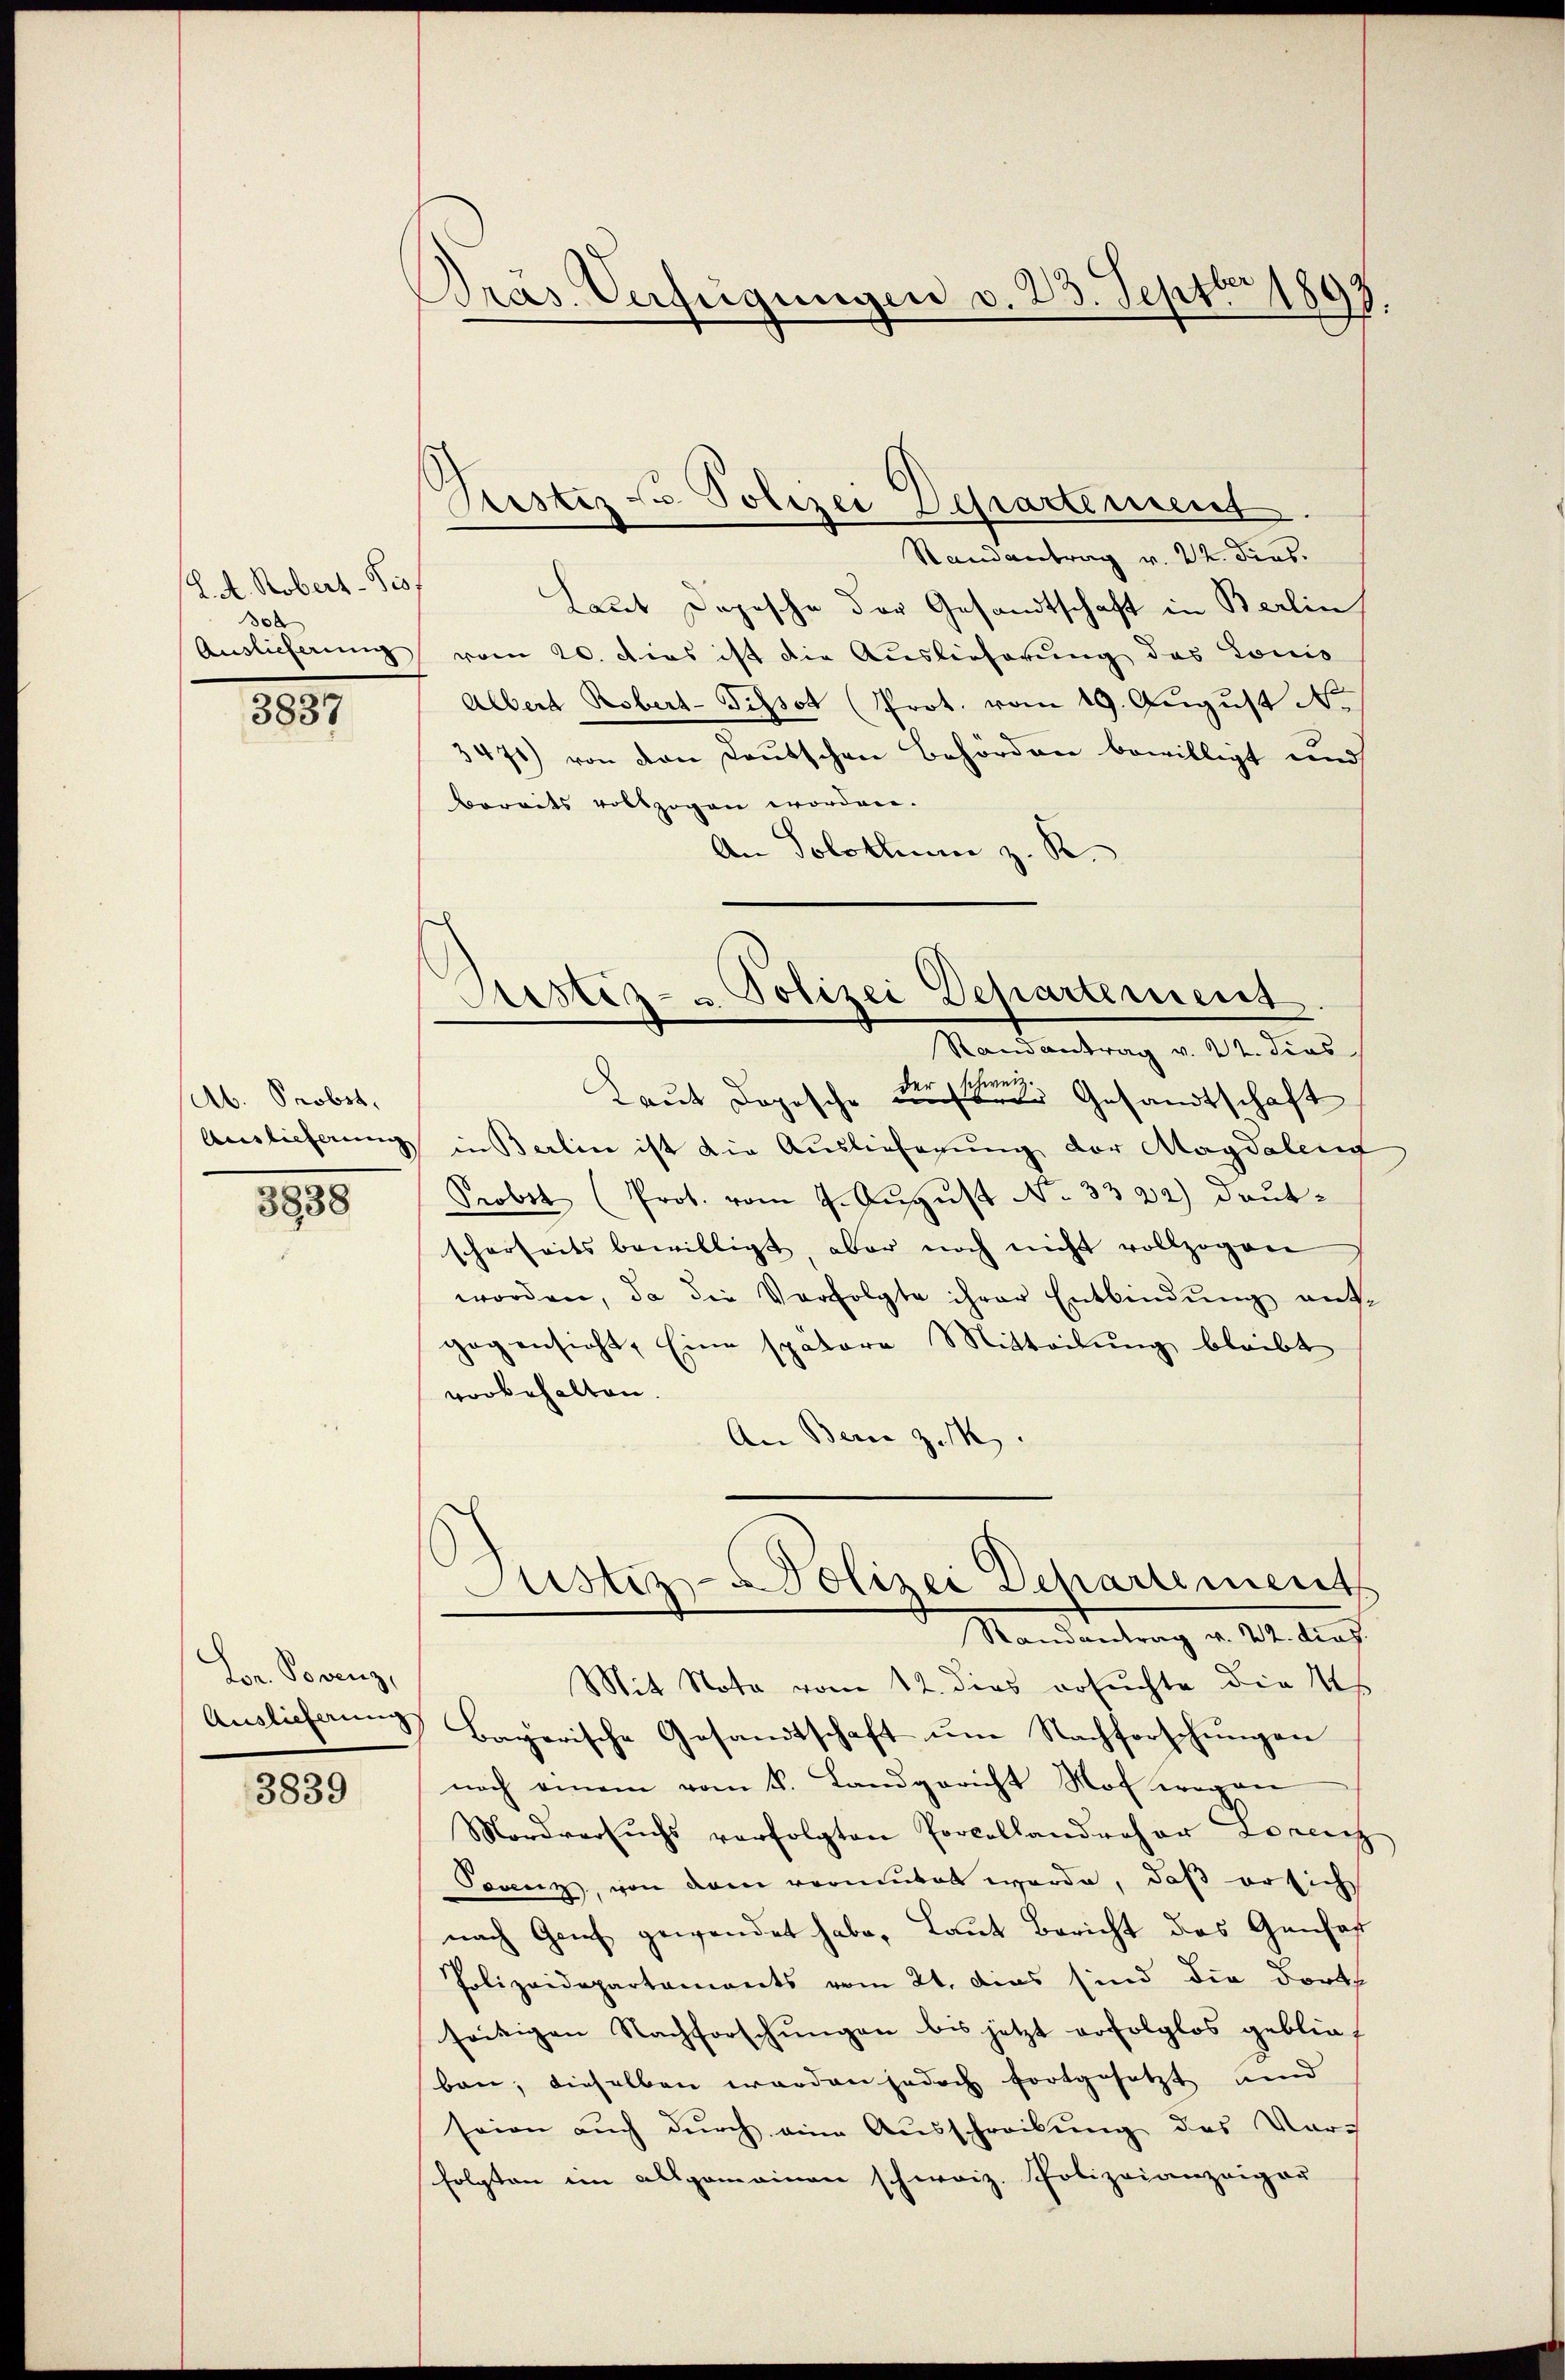
L. A. Robert - Tis
0x
Auslieferung
3837

(Ab. Probst,
3838

Br. Porenz,

3839

Präs. Verfügungen v. 23. Septbr 1893.

Justiz u. Polizei Departement

Randantrag v. 22. dies.
Laut Depesche der Gesandtschaft in Berlin
vom 20. Dies ist die Auslieferung des Louis
Albert Robert-Tissot (Prot. vom 19. August No.
3471) von den Deutschen Behörden bewilligt und
Bereits vollzogen worden.
An Solothurn z. R.
Laut dopische aus Gesandtschaft
Auslieferung in Berlin ist die Auslieferung der Magdalen
Probst (Prot. vom 9. August No. 3322) deutscherheits bewilligt, aber noch nicht vollzogen
worden, da die Verfolgte ihrer Entbindung entgegensicht, Eine spätere Mitteilŭng bleibt
vorbehalten
An Bern z. B.
Justiz-Polizei Departement
Randantrag v. 22. dies
Mit Nota vom 12. dies ersuchte die Us
Auslicherung Bayerische Gesandtschaft um Nachforschungen
noch einem vom k. Landgericht Nof wegen
Mordversuchs verfolgten Portellandroher Lorenz
Torenz, von dem vermutet werde, daß er sich
nach Genf gewendet habe, laut Bericht des Gensaf
Polizeidepartaments vom 21. dies sind die dort
seitigen Nachforschungen bis jetzt erfolglos geblief
ban, dieselben werden jedoch fortgesetzt und
seien auch durch eine Ausschreibŭng des Vor-
folgten im allgemeinen schweiz. Polizeianzeiger

Aristiz- u. Polizei Departement
Randantrag v. 22. dies